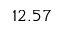
1 2 . 5 7